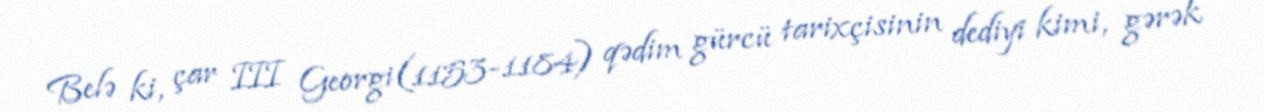
Belə ki, çar III Georgi(1153-1184) qədim gürcü tarixçisinin dediyi kimi, gərək